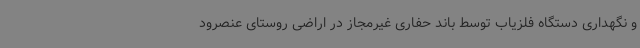
و نگهداری دستگاه فلزیاب توسط باند حفاری غیرمجاز در اراضی روستای عنصرود